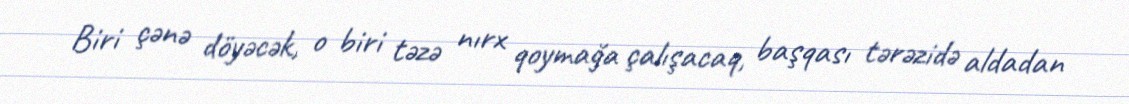
Biri çənə döyəcək, o biri təzə nırx qoymağa çalışacaq, başqası tərəzidə aldadan